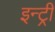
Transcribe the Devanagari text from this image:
इन्ट्री